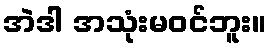
အဲဒါ အသုံးမဝင်ဘူး။